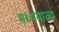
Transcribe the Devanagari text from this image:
मध्यमाला